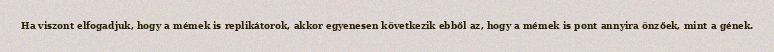
Ha viszont elfogadjuk, hogy a mémek is replikátorok, akkor egyenesen következik ebből az, hogy a mémek is pont annyira önzőek, mint a gének.